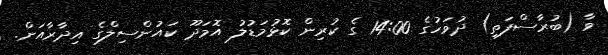
ވާ (ބުރާސްފަތި) ދުވަހުގެ 14:00 ގެ ކުރިން ކޮޅުމަޑުލު އޮމަދޫ ކައުންސިލްގެ އިދާރާއަށް.